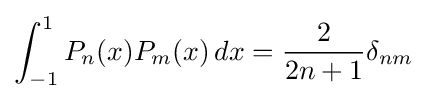
\int _{-1}^{1}P_{n}(x)P_{m}(x)\,dx={\frac {2}{2n+1}}\delta _{nm}